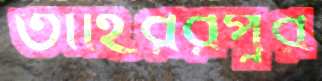
তাহিররপুর